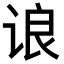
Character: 𬣼